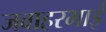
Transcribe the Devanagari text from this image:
जवाहरभाई